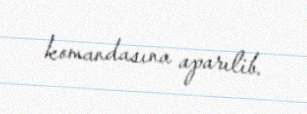
komandasına aparılib.